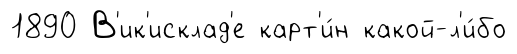
1890 В'ик'исклад'е карт'и́н какой-л'и́бо